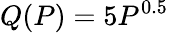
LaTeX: Q(P)=5P^{0.5}